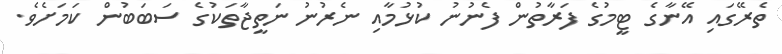
ތެރޭގައި އޭނާގެ ޓީމުގެ ފަރާތުން ފެނުނު ކުޅުމާއި ނެރުނު ނަތީޖާތަކުގެ ސަބަބުން ކަމަށެވެ.